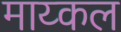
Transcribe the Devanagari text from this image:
माय्कल